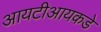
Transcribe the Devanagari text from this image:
आयटीआयकडे